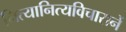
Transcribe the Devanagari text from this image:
नित्यानित्यविचारानें